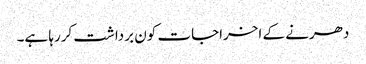
دھرنے کے اخراجات کون برداشت کررہا ہے۔